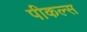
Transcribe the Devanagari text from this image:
पीकल्स